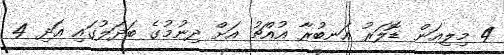
4 މިލިއަން ޑޮލަރު އަނބުރާ އުއްޗު އަށް ދިނުމުގެ ބަދަލުގައި އަދި 4